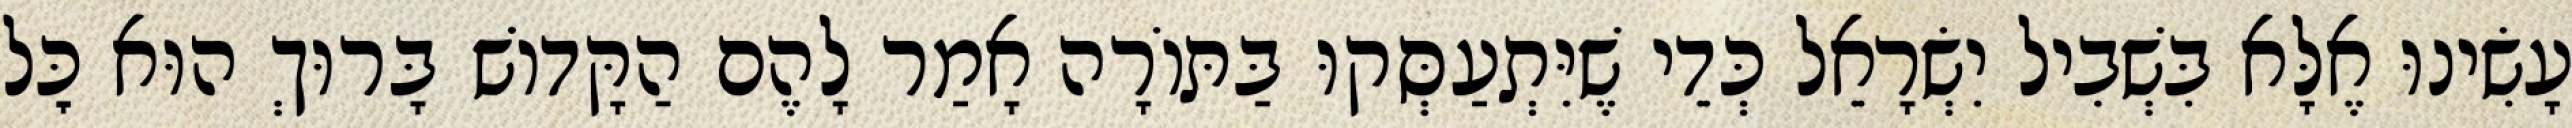
עָשִׂינוּ אֶלָּא בִּשְׁבִיל יִשְׂרָאֵל כְּדֵי שֶׁיִּתְעַסְּקוּ בַּתּוֹרָה אָמַר לָהֶם הַקָּדוֹשׁ בָּרוּךְ הוּא כׇּל